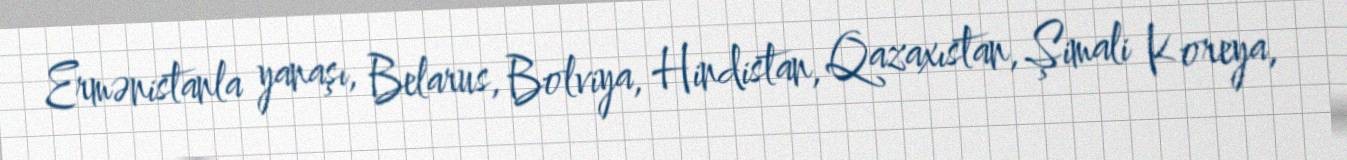
Ermənistanla yanaşı, Belarus, Bolviya, Hindistan, Qazaxıstan, Şimali Koreya,